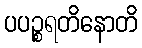
ပပဉ္စရတိနောတိ